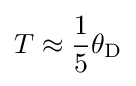
T\approx {1 \over 5}\theta _{\mathrm {D} }